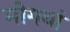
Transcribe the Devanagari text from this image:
मोगथां